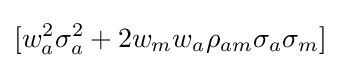
[w_{a}^{2}\sigma _{a}^{2}+2w_{m}w_{a}\rho _{am}\sigma _{a}\sigma _{m}]